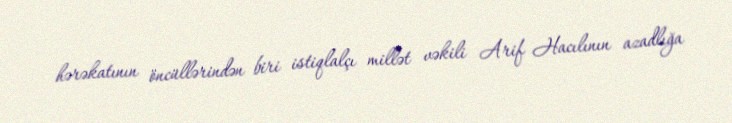
hərəkatının öncüllərindən biri istiqlalçı millət vəkili Arif Hacılının azadlığa